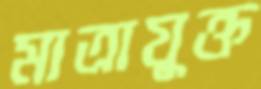
মাত্রাযুক্ত